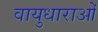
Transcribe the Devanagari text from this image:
वायुधाराओं